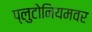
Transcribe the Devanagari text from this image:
प्लुटोनियमवर